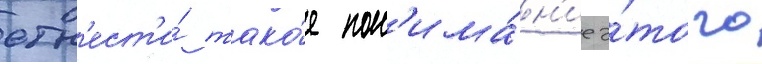
отн'ест'и́ тако́е пон'има́н'ие э́того